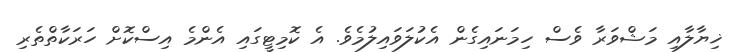
ޚިޔާލާއި މަޝްވަރާ ވެސް ހިމަނައިގެން އެކުލަވައިލުމެވެ. އެ ކޮމިޓީގައި އެންމެ އިސްކޮށް ހަރަކާތްތެރި